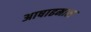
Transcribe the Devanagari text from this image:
अाषाढमास